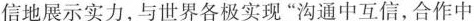
信地展示实力，与世界各极实现”沟通中互信，合作中